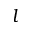
l